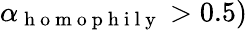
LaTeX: \alpha_{\mathrm{~h~o~m~o~p~h~i~l~y~}}>0.5)